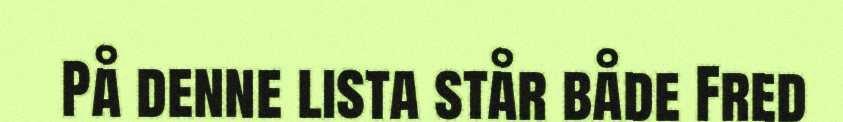
På denne lista står både Fred